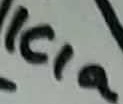
Text: ICIa